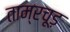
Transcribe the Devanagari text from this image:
ताम्रचूड़